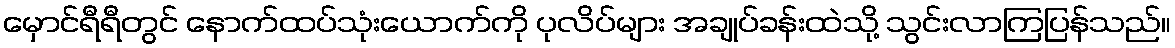
မှောင်ရီရီတွင် နောက်ထပ်သုံးယောက်ကို ပုလိပ်များ အချုပ်ခန်းထဲသို့ သွင်းလာကြပြန်သည်။